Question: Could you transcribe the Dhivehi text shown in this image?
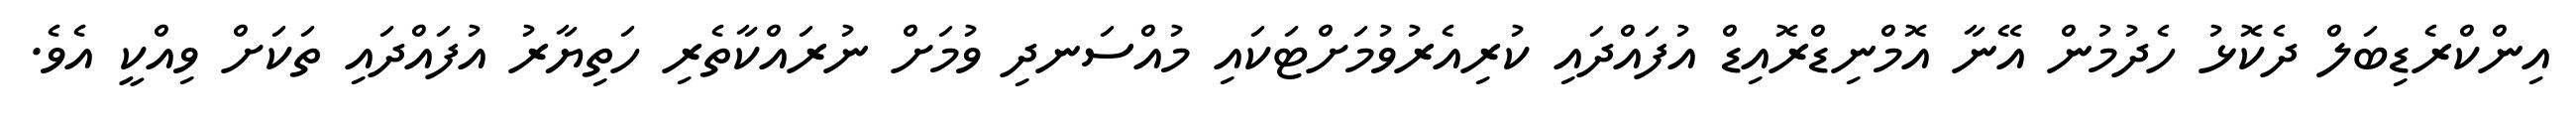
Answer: އިންކްރެޑިބަލް ދެކޮޅު ހެދުމުން އޭނާ އޮމްނިޑްރޮއިޑް އުފައްދައި ކުރިއެރުވުމަށްޓަކައި މުއްސަނދި ވުމަށް ނުރައްކާތެރި ހަތިޔާރު އުފައްދައި ތަކަށް ވިއްކީ އެވެ.